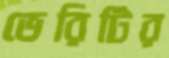
ভেরিটির